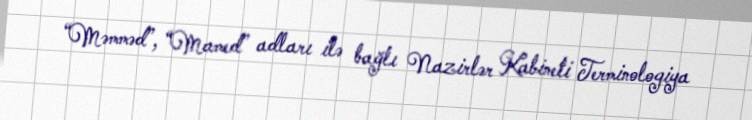
“Məmməd”, “Mamed” adları ilə bağlı Nazirlər Kabineti Terminologiya